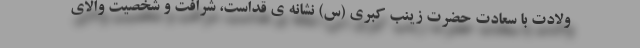
ولادت با سعادت حضرت زینب کبری (س) نشانه ی قداست، شرافت و شخصیت والای